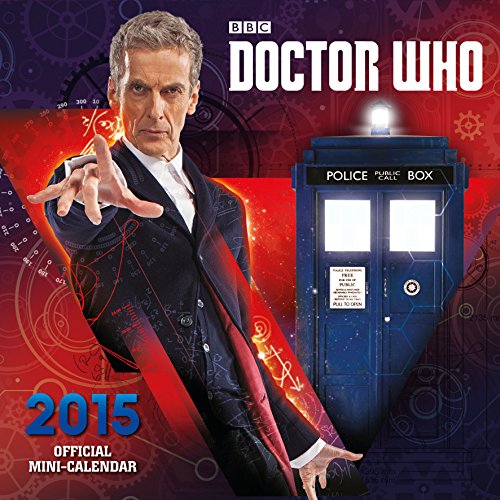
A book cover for Official Doctor Who Mini Calendar 2015; Calendars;